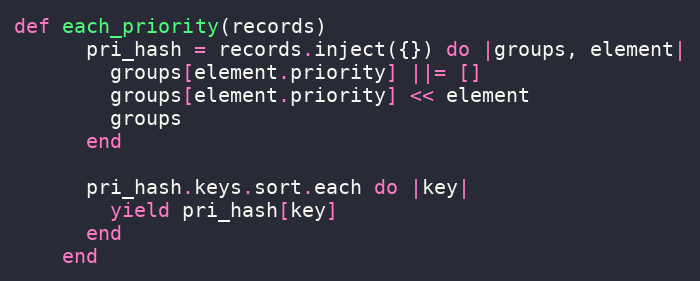
Language: Ruby
def each_priority(records)
      pri_hash = records.inject({}) do |groups, element|
        groups[element.priority] ||= []
        groups[element.priority] << element
        groups
      end

      pri_hash.keys.sort.each do |key|
        yield pri_hash[key]
      end
    end